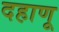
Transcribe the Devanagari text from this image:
दहाणू